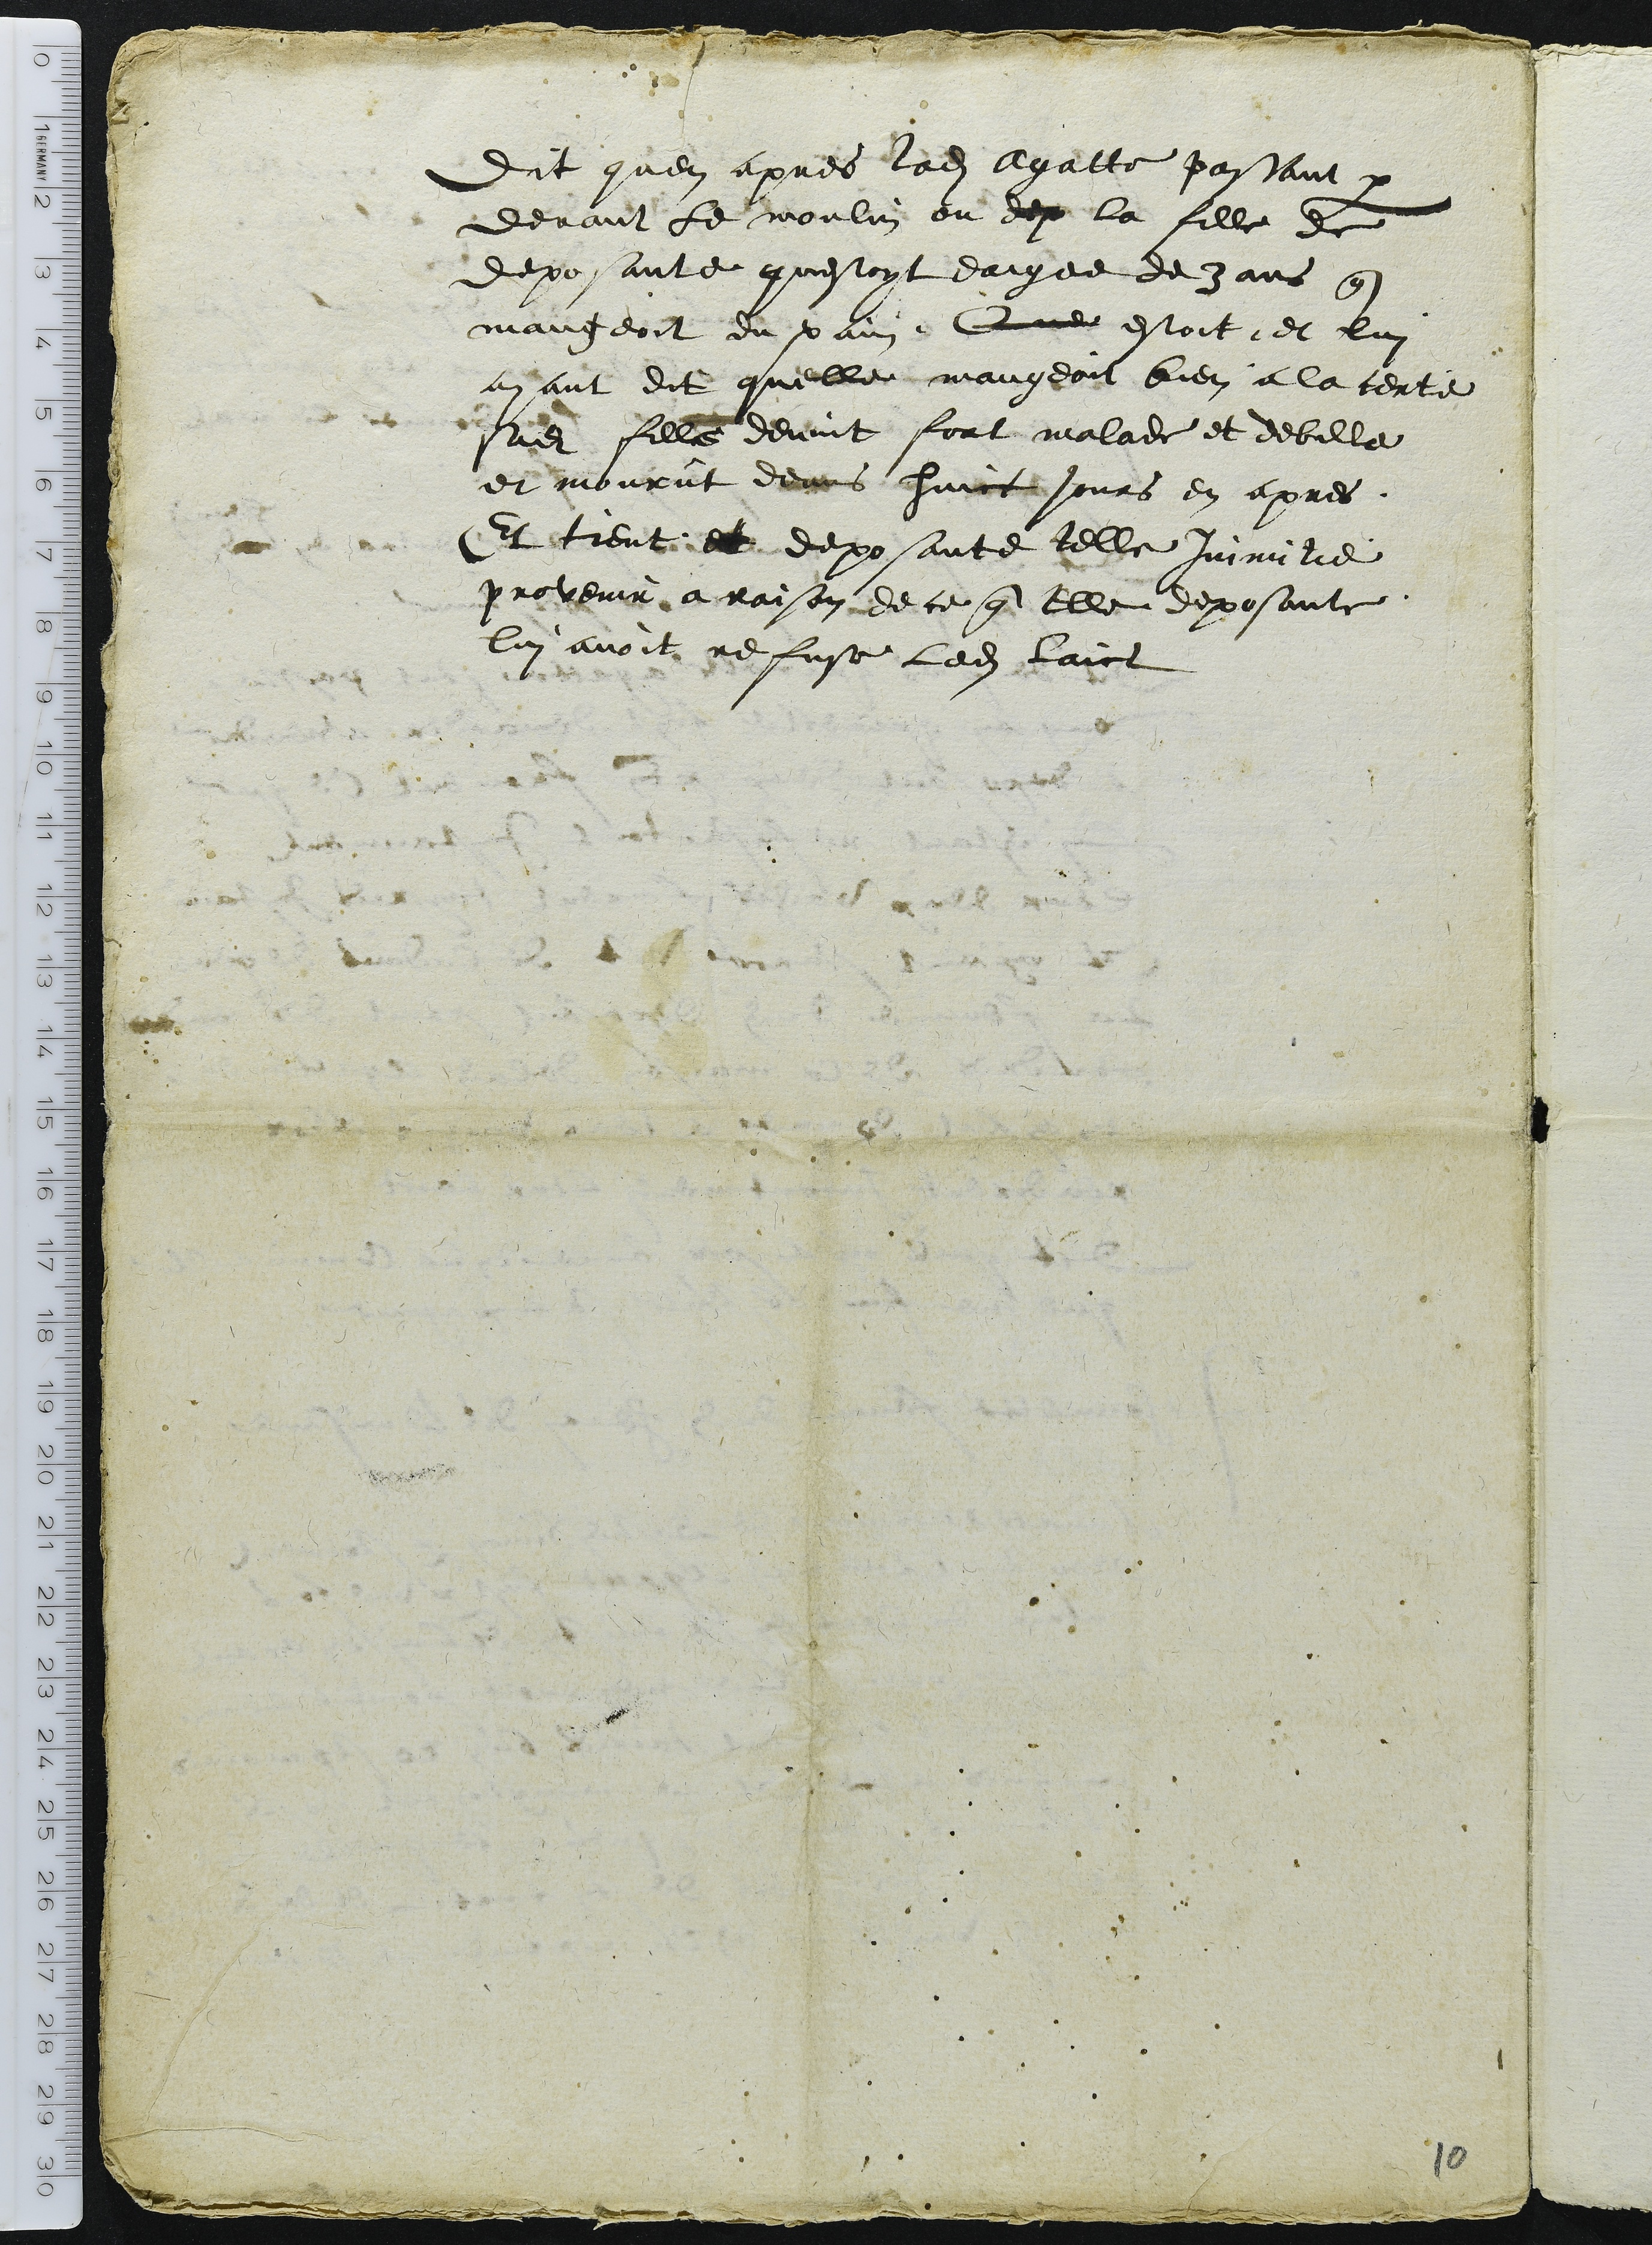
Dit quen apres ladite Agatte passant par
devant le moulin ou dep la fille de
deposante questoyt eagee de 3 ans que
mangeoit du pain Que estoit et lui
ayant dit quelle mangeoit bien a la certe
sadite fille devint fort malade et debille
et mourut deans huict jours en apres.
Et tient et deposante telle Inimitie
provenir a raison de ce que elle deposante
lui avoit refuse ledit laict

10